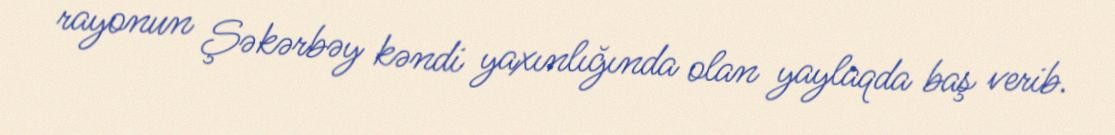
rayonun Şəkərbəy kəndi yaxınlığında olan yaylaqda baş verib.